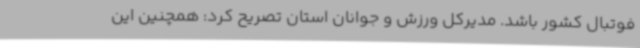
فوتبال کشور باشد. مدیرکل ورزش و جوانان استان تصریح کرد: همچنین این